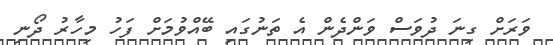
ވަރަށް ގިނަ ދުވަސް ވަންދެން އެ ތަނުގައި ބޭއްވުމަށް ފަހު މިހާރު ދޯނި